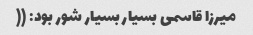
میرزا قاسمی بسیار بسیار شور بود: ((